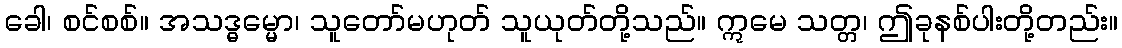
ခေါ၊ စင်စစ်။ အသဒ္ဓမ္မော၊ သူတော်မဟုတ် သူယုတ်တို့သည်။ ဣမေ သတ္တ၊ ဤခုနစ်ပါးတို့တည်း။